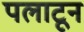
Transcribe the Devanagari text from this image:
पलाटून